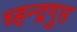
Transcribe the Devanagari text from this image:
च्हन्द्रगुप्त